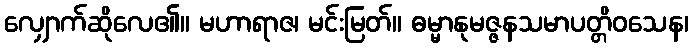
လျှောက်ဆိုလေ၏။ မဟာရာဇ၊ မင်းမြတ်။ ဓမ္မာနုမဇ္ဇနသမာပတ္တိဝသေန၊